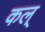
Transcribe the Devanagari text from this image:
कल्‌